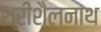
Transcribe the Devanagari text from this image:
श्रीशैलनाथ